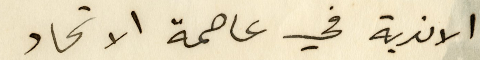
الاندية في عاصمة الاتحاد.